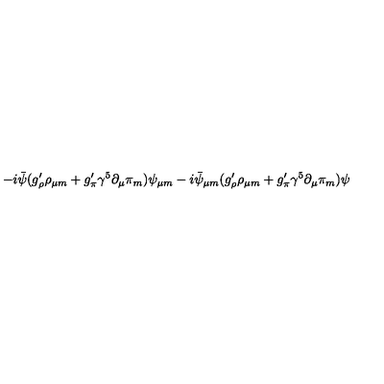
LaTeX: - i \bar { \psi } ( g _ { \rho } ^ { \prime } \rho _ { \mu m } + g _ { \pi } ^ { \prime } { \gamma ^ { 5 } } \partial _ { \mu } \pi _ { m } ) \psi _ { \mu m } - i \bar { \psi } _ { \mu m } ( g _ { \rho } ^ { \prime } \rho _ { \mu m } + g _ { \pi } ^ { \prime } { \gamma ^ { 5 } } \partial _ { \mu } \pi _ { m } ) \psi